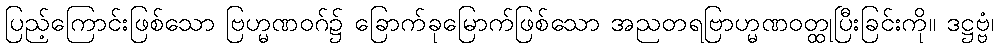
ပြည့်ကြောင်းဖြစ်သော ဗြဟ္မဏဝဂ်၌ ခြောက်ခုမြောက်ဖြစ်သော အညတရဗြာဟ္မဏဝတ္ထုပြီးခြင်းကို။ ဒဋ္ဌဗ္ဗံ၊